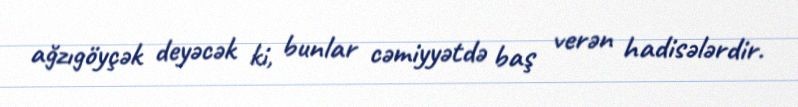
ağzıgöyçək deyəcək ki, bunlar cəmiyyətdə baş verən hadisələrdir.